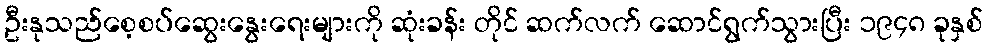
ဦးနုသည်စေ့စပ်ဆွေးနွေးရေးများကို ဆုံးခန်း တိုင် ဆက်လက် ဆောင်ရွက်သွားပြီး ၁၉၄၈ ခုနှစ်